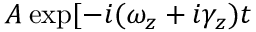
A \exp [ - i ( \omega _ { z } + i \gamma _ { z } ) t